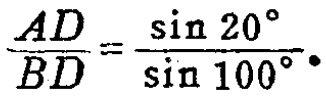
$\frac{AD}{BD}=\frac{\sin 20^{\circ}}{\sin 100^{\circ}}.$